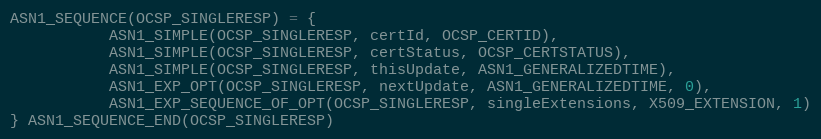
Language: C
ASN1_SEQUENCE(OCSP_SINGLERESP) = {
           ASN1_SIMPLE(OCSP_SINGLERESP, certId, OCSP_CERTID),
           ASN1_SIMPLE(OCSP_SINGLERESP, certStatus, OCSP_CERTSTATUS),
           ASN1_SIMPLE(OCSP_SINGLERESP, thisUpdate, ASN1_GENERALIZEDTIME),
           ASN1_EXP_OPT(OCSP_SINGLERESP, nextUpdate, ASN1_GENERALIZEDTIME, 0),
           ASN1_EXP_SEQUENCE_OF_OPT(OCSP_SINGLERESP, singleExtensions, X509_EXTENSION, 1)
} ASN1_SEQUENCE_END(OCSP_SINGLERESP)